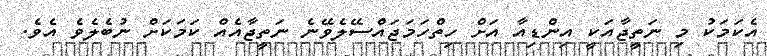
އެކަމަކު މި ނަތީޖާއަކީ އިންޑިއާ އަށް ހިތްހަމަޖައްސޭލެވޭނެ ނަތީޖާއެއް ކަމަކަށް ނުބެލެވެ އެވެ.